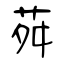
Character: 荈